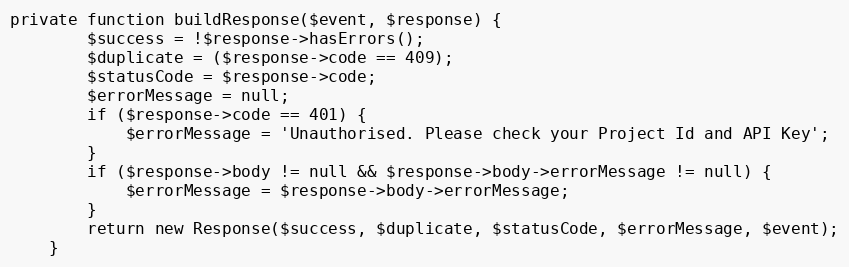
Language: PHP
private function buildResponse($event, $response) {
        $success = !$response->hasErrors();
        $duplicate = ($response->code == 409);
        $statusCode = $response->code;
        $errorMessage = null;
        if ($response->code == 401) {
            $errorMessage = 'Unauthorised. Please check your Project Id and API Key';
        }
        if ($response->body != null && $response->body->errorMessage != null) {
            $errorMessage = $response->body->errorMessage;
        }
        return new Response($success, $duplicate, $statusCode, $errorMessage, $event);
    }